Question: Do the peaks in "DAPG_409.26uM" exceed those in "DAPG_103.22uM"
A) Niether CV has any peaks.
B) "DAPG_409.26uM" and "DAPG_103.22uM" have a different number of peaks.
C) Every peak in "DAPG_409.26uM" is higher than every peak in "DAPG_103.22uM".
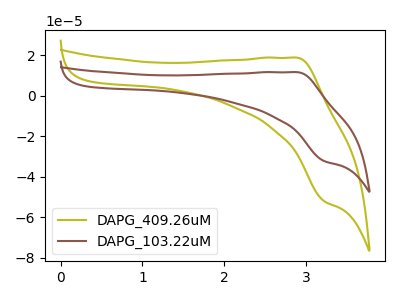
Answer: <think>The olive curve "DAPG_409.26uM" has an anodic peak at (2.90V, 18.85uA) and a cathodic peak at (3.20V, -52.00uA). The brown curve "DAPG_103.22uM" has an anodic peak at (2.90V, 11.70uA) and a cathodic peak at (3.20V, -32.20uA).</think>
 <answer>C) Every peak in "DAPG_409.26uM" is higher than every peak in "DAPG_103.22uM".</answer>
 <eval>C</eval>